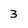
Character: 3